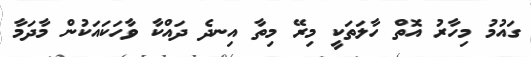
ގައުމު މިހާރު އޮތް ހާލަތަކީ މިރޭ މިތާ އިނދެ ދައްކާ ވާހަކައަކުން މާދަމާ